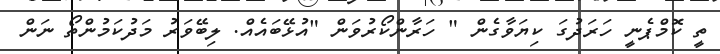
ތީ ކޮމްޕެނީ ހަރަދުގަ ކިޔަވާގެން " ހަރާންކޯރުވަން "އުޅޭބައެއް. ލިބޭވަރު މަދުކަމުންތޯ ނަން